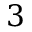
3